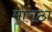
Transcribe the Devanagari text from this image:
माराठा